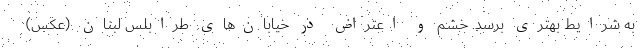
به شرایط بهتری برسد. خشم و اعتراض در خیابان‌های طرابلس لبنان (عکس)